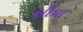
સીધા